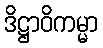
ဒိဋ္ဌာဝိကမ္မာ